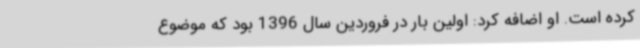
کرده است. او اضافه کرد: اولین بار در فروردین سال 1396 بود که موضوع